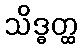
သိဒ္ဓတ္ထ